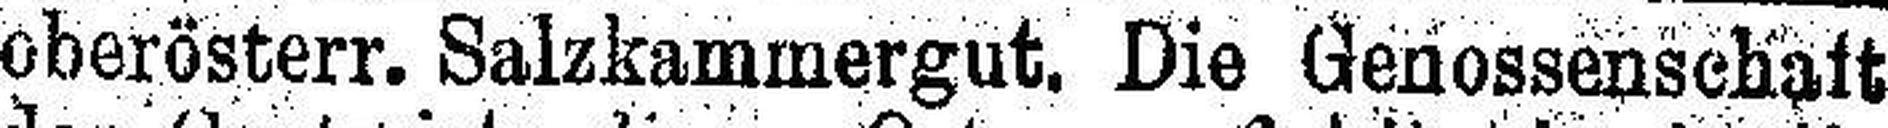
oberösterr. Salzkammergut. Die Genossenschaft